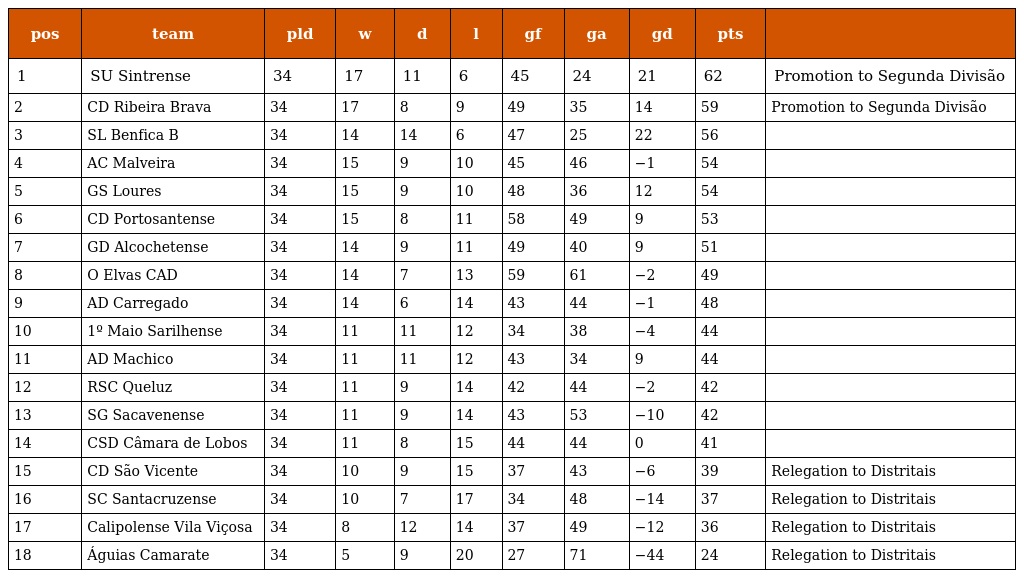
| pos | team | pld | w | d | l | gf | ga | gd | pts |  |
 | --- | --- | --- | --- | --- | --- | --- | --- | --- | --- | --- |
 | 1 | SU Sintrense | 34 | 17 | 11 | 6 | 45 | 24 | 21 | 62 | Promotion to Segunda Divisão |
 | 2 | CD Ribeira Brava | 34 | 17 | 8 | 9 | 49 | 35 | 14 | 59 | Promotion to Segunda Divisão |
 | 3 | SL Benfica B | 34 | 14 | 14 | 6 | 47 | 25 | 22 | 56 |  |
 | 4 | AC Malveira | 34 | 15 | 9 | 10 | 45 | 46 | −1 | 54 |  |
 | 5 | GS Loures | 34 | 15 | 9 | 10 | 48 | 36 | 12 | 54 |  |
 | 6 | CD Portosantense | 34 | 15 | 8 | 11 | 58 | 49 | 9 | 53 |  |
 | 7 | GD Alcochetense | 34 | 14 | 9 | 11 | 49 | 40 | 9 | 51 |  |
 | 8 | O Elvas CAD | 34 | 14 | 7 | 13 | 59 | 61 | −2 | 49 |  |
 | 9 | AD Carregado | 34 | 14 | 6 | 14 | 43 | 44 | −1 | 48 |  |
 | 10 | 1º Maio Sarilhense | 34 | 11 | 11 | 12 | 34 | 38 | −4 | 44 |  |
 | 11 | AD Machico | 34 | 11 | 11 | 12 | 43 | 34 | 9 | 44 |  |
 | 12 | RSC Queluz | 34 | 11 | 9 | 14 | 42 | 44 | −2 | 42 |  |
 | 13 | SG Sacavenense | 34 | 11 | 9 | 14 | 43 | 53 | −10 | 42 |  |
 | 14 | CSD Câmara de Lobos | 34 | 11 | 8 | 15 | 44 | 44 | 0 | 41 |  |
 | 15 | CD São Vicente | 34 | 10 | 9 | 15 | 37 | 43 | −6 | 39 | Relegation to Distritais |
 | 16 | SC Santacruzense | 34 | 10 | 7 | 17 | 34 | 48 | −14 | 37 | Relegation to Distritais |
 | 17 | Calipolense Vila Viçosa | 34 | 8 | 12 | 14 | 37 | 49 | −12 | 36 | Relegation to Distritais |
 | 18 | Águias Camarate | 34 | 5 | 9 | 20 | 27 | 71 | −44 | 24 | Relegation to Distritais |